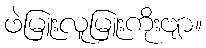
ဖဲမြူးလူမြူးကိုးဗျာ။